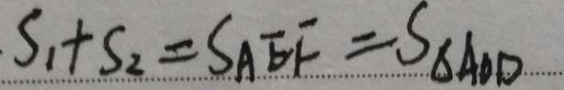
S _ { 1 } + S _ { 2 } = S A E F = S _ { \Delta A O D }